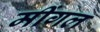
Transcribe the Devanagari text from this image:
मींगल